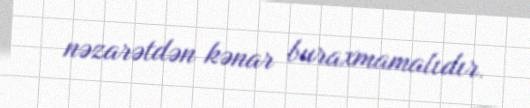
nəzarətdən kənar buraxmamalıdır.